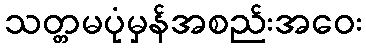
သတ္တမပုံမှန်အစည်းအဝေး